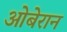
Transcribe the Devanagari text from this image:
ओबेरान